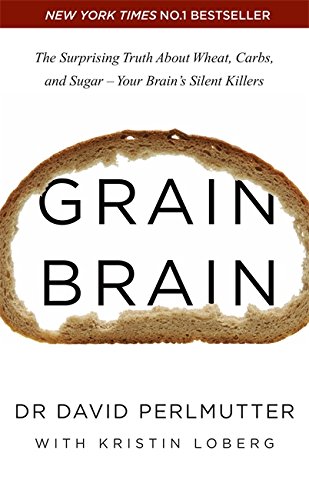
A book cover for Grain Brain: The Surprising Truth About Wheat, Carbs, and Sugar - Your Brain's Silent Killers; David Perlmutter; Health, Fitness & Dieting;